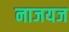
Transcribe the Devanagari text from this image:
नाजयज